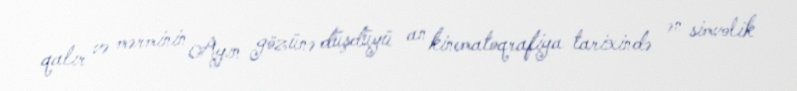
qalır və mərminin Ayın gözünə düşdüyü an kinematoqrafiya tarixində ən simvolik